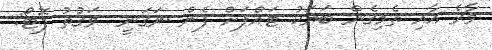
ވާރެ އާއި ތެމިގެން ބަޔަކު ޓައްޕަށް ފެން ނަގަނީ  ވަގުތު ފޮޓޯ: